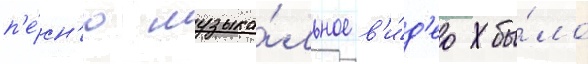
п'е́сн'ю музыка́льное в'и́д'ео бы́ло